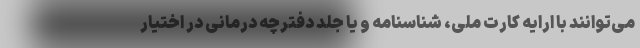
می‌توانند با ارایه کارت ملی، شناسنامه و یا جلد دفترچه درمانی در اختیار